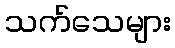
သက်သေများ